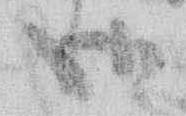
候